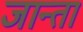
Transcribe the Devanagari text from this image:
जान्ता